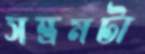
সম্ভ্রমটা